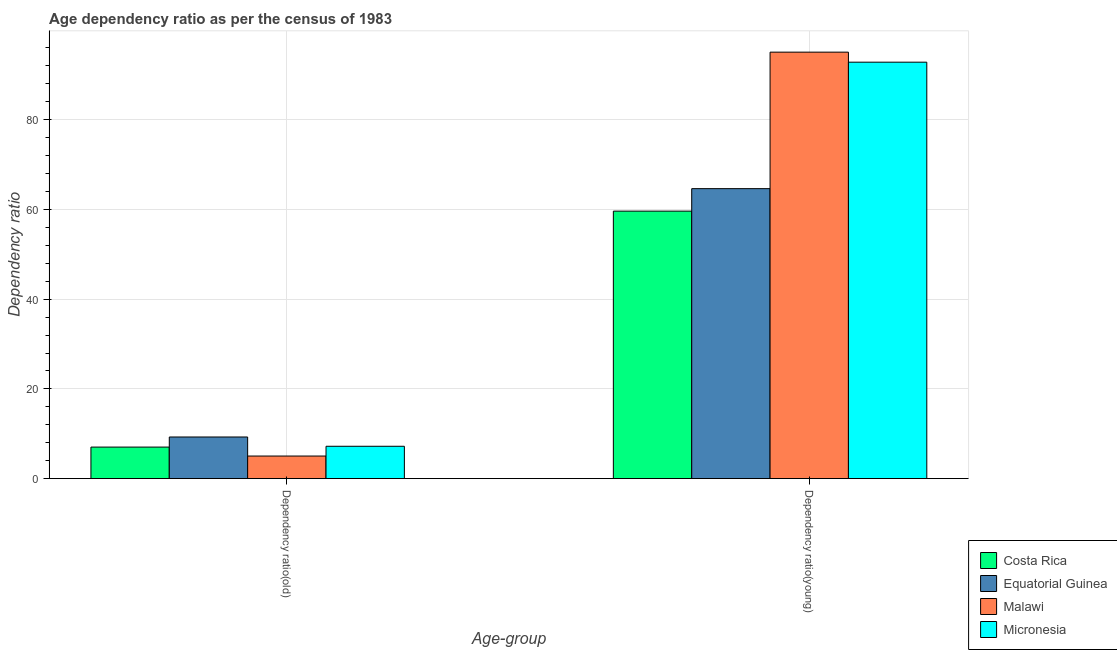
| Age-group | Costa Rica | Equatorial Guinea | Malawi | Micronesia |
 | --- | --- | --- | --- | --- |
 | Dependency ratio(old) | 7.03 | 9.28 | 5.03 | 7.21 |
 | Dependency ratio(young) | 59.6 | 64.6 | 95.1 | 92.8 |